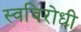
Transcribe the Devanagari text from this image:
स्वविरोधी